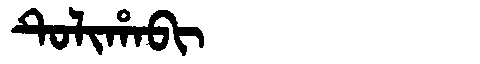
Manchu: ᡨᡠᠯᡳᡥᠠᠪᡳ
Romanization: TULIHABI